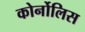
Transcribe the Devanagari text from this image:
कोर्नोलिस